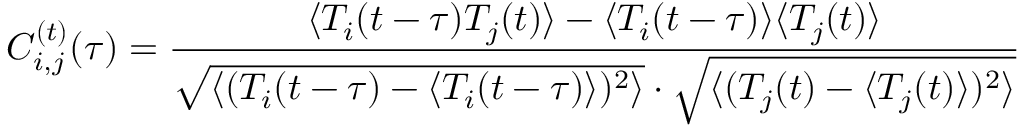
C _ { i , j } ^ { ( t ) } ( \tau ) = \frac { \langle T _ { i } ( t - \tau ) T _ { j } ( t ) \rangle - \langle T _ { i } ( t - \tau ) \rangle \langle T _ { j } ( t ) \rangle } { \sqrt { \langle ( T _ { i } ( t - \tau ) - \langle T _ { i } ( t - \tau ) \rangle ) ^ { 2 } \rangle } \cdot \sqrt { \langle ( T _ { j } ( t ) - \langle T _ { j } ( t ) \rangle ) ^ { 2 } \rangle } }